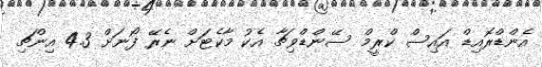
އެންޑްރޮއިޑް އައިސް ކްރީމް ސޭންޑްވިޗާ އެކު މާކެޓަށް ނެރޭ ފޯނަށް 4.3 އިންޗި